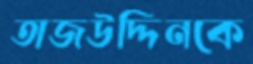
তাজউদ্দিনকে